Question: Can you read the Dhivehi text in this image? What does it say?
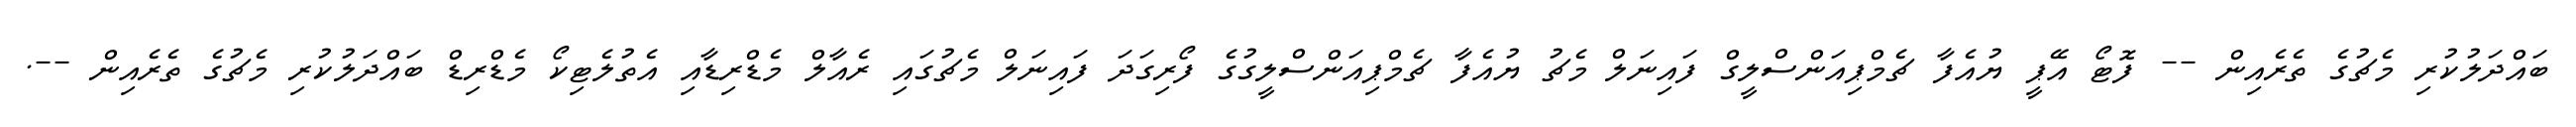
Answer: ބައްދަލުކުރި މެޗުގެ ތެރެއިން -- ފޮޓޯ އޭޕީ ޔުއެފާ ޗެމްޕިއަންސްލީގް ފައިނަލް މެޗު ޔުއެފާ ޗެމްޕިއަންސްލީގުގެ ފޯރިގަދަ ފައިނަލް މެޗުގައި ރެއާލް މެޑްރިޑާއި އެތުލެޓިކޯ މެޑްރިޑް ބައްދަލުކުރި މެޗުގެ ތެރެއިން --.